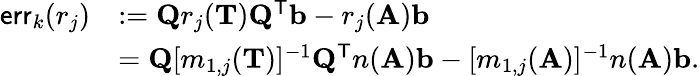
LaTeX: \begin{array}{rl}{\mathsf{err}_{k}(r_{j})}&{:=\mathbf{Q}r_{j}(\mathbf{T})\mathbf{Q}^{\mathsf{T}}\mathbf{b}-r_{j}(\mathbf{A})\mathbf{b}}\\ &{=\mathbf{Q}[m_{1,j}(\mathbf{T})]^{-1}\mathbf{Q}^{\mathsf{T}}n(\mathbf{A})\mathbf{b}-[m_{1,j}(\mathbf{A})]^{-1}n(\mathbf{A})\mathbf{b}.}\end{array}